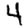
Digit: 4